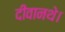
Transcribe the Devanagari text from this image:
दीवानथे।